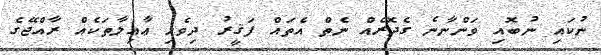
ނުކައި ނުބޮއި ވަންނާނެ ގެދޮރެއް ނެތް އެތައް ފަޤީރު ދިވެހި ޢާއިލާތަކެއް ރާއްޖޭގެ